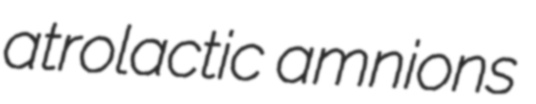
atrolactic amnions